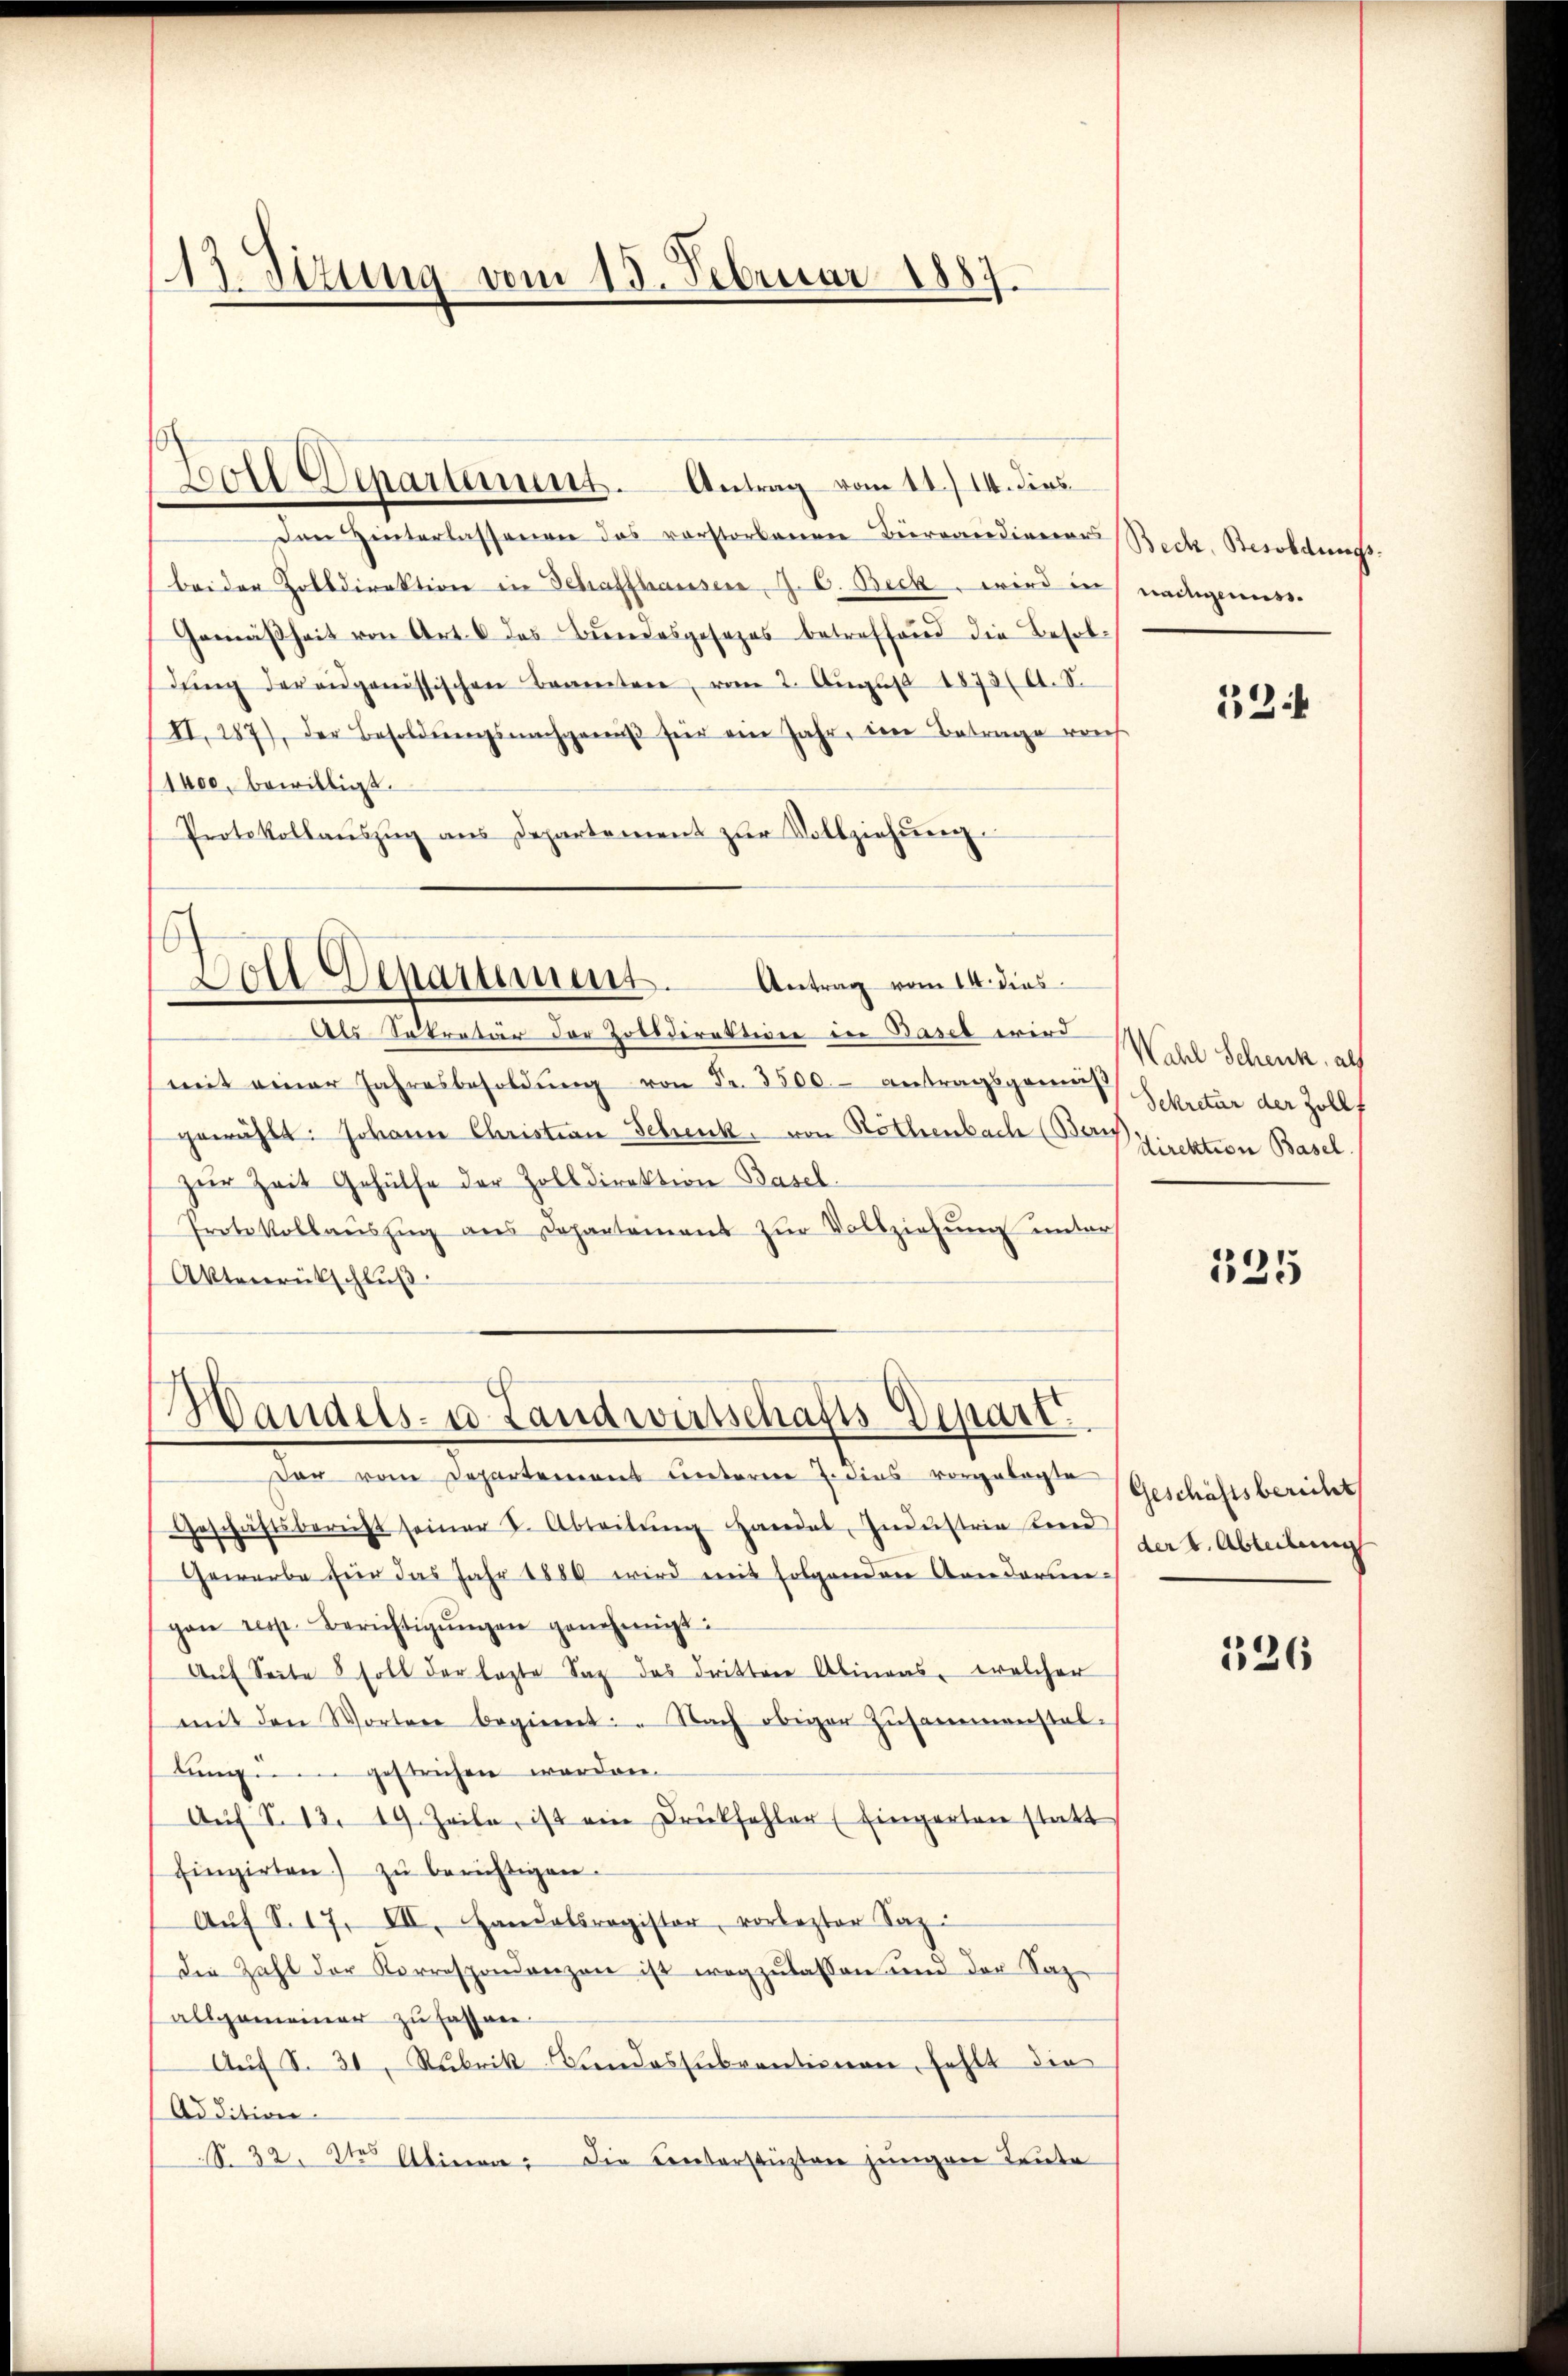
13. Sitzung vom 15. Februar 1887.

Den Hinterlassenen das verstorbenen Burcandiener Beck, Besoldungsbeider Zolldirektion in Schaffhauser J. C. Beck, wird in nachgenuss.
Gemäßheit von Art. 6 des Bŭndesgesezes betreffend die Besoldŭng der eidgenössischen Beamten, vom 2. Aŭgŭst 1873 (A. 8.
II.187), der Besoldŭngsnachgenŭβ für ein Jahr, den Betrage reich
1400. bewilligt.
Protokollaŭszŭg ans Departement zŭr Vollziehŭng.
Dolt Departement.
Antrag vom 14. dies
Als Sekretär der Zoederation in Basel wird
mit einer Jahresbesoldŭng von Fr. 3500.- Antragsgemäβ
gewählt: Johann Christian Schenk, von Röthenbach (Der Direktion Basel
zŭr Zeit Gehülfe der Zolldirektion Basel
Protokollauszug aus Departement zŭr Vollziehung unter
Aktenrückschluß

Soll Departement. Antrag vom 11./14. dies

Handels- u Landwirtschafts-Depart

Der vom Departemens unterm 7. dies vorgelachte
Geschäftsbericht seiner 2. Abteilŭng Handel, Industrie beid
Gewerbe für das Jahr 1880 wird mit folgenden Aenderungan resp. Berichtigŭngen genehmigt:
Auf Seite 8 soll der lezte Sag das dritten Abinaas, welcher
mit den Worten beginnt: " Nach obiger Zŭsammenstal-
lungen gestrichen werden.
Aŭf S. 13. 19. Zeile, ist ein Druckfehler (Eingarten statt
fingirten zŭ berichtigen.
Aŭf S. 17. VII. Handelsregister, vorlezter Saz.
Die Zahl der Korrespondenzen ist wegzulassen und der Sazallgemeiner zu fassen
Auf S. 31, Rubrik Bundessubventionen, fehlt die
Addition.
S. 32. des Alinea: Die Centerstüzten jungen Teute

324

Wahl Schenk, als
Sekretär der Zollf

335

(Geschäftsbericht
der 4. Abteilung

526